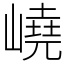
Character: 嶢